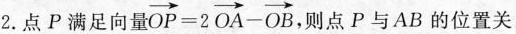
2.点P满足向量 $$\overrightarrow { O P } = 2 \overrightarrow { O A } - \overrightarrow { O B }$$ 则点P与AB的位置关